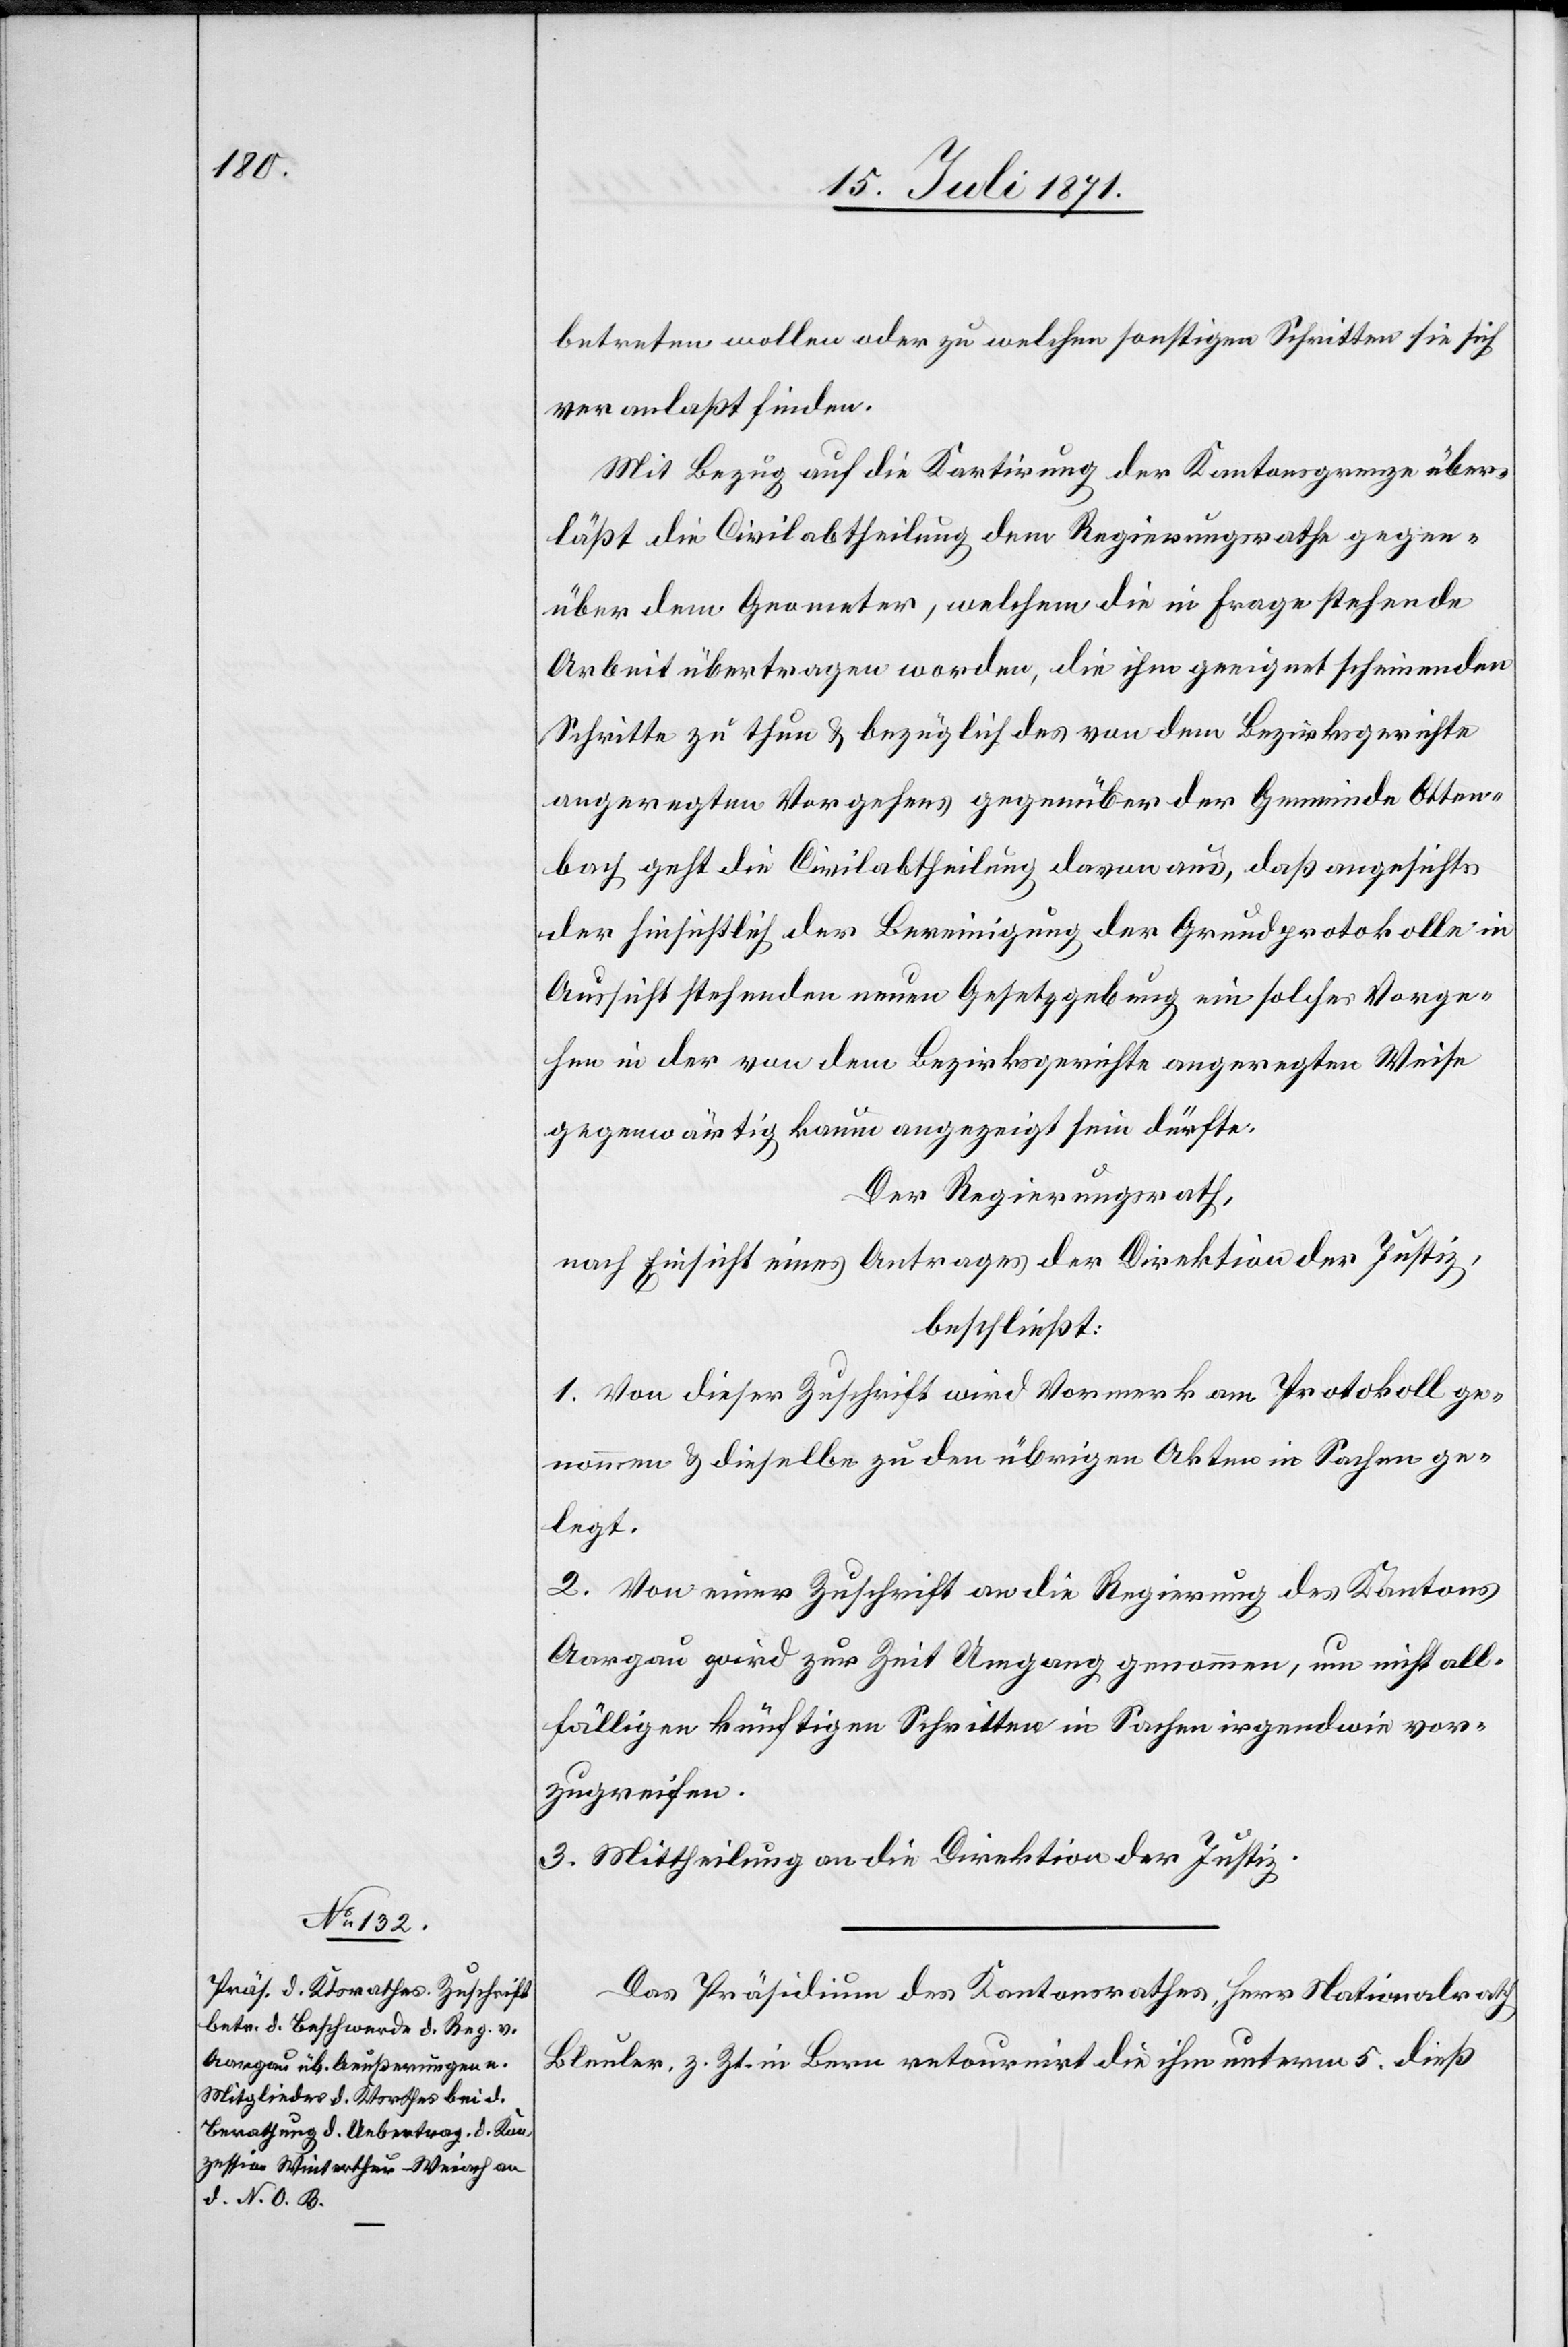
betreten wollen oder zu welchen sonstigen Schritten sie sich
veranlaßt finden.
Mit Bezug auf die Kartirung der Kantonsgrenze über¬
läßt die Civilabtheilung dem Regierungsrathe gegen¬
über dem Geometer, welchem die in Frage stehende
Arbeit übertragen worden, die ihm geeignet scheinenden
Schritte zu thun u. bezüglich des von dem Bezirksgerichte
angeregten Vorgehens gegenüber der Gemeinde Otten¬
bach geht die Civilabtheilung davon aus, daß angesichts
der hinsichtlich der Bereinigung der Grundprotokolle in
Aussicht stehenden neuen Gesetzgebung ein solches Vorge¬
hen in der von dem Bezirksgerichte angeregten Weise
gegenwärtig kaum angezeigt sein dürfte.
Der Regierungsrath,
nach Einsicht eines Antrages der Direktion der Justiz,
beschließt:
1. Von dieser Zuschrift wird Vormerk am Protokoll ge¬
nommen u. dieselbe zu den übrigen Akten in Sachen ge¬
legt.
2. Von einer Zuschrift an die Regierung des Kantons
Aargau wird zur Zeit Umgang genommen, um nicht all¬
fälligen künftigen Schritten in Sachen irgendwie vor¬
zugreifen.
3. Mittheilung an die Direktion der Justiz.
Das Präsidium des Kantonsrathes, Herr Nationalrath
Bleuler, z. Zt. in Bern retournirt die ihm unterm 5. dieß